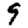
Digit: 9